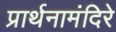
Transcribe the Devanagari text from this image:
प्रार्थनामंदिरे